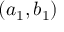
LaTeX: ( a _ { 1 } , b _ { 1 } )